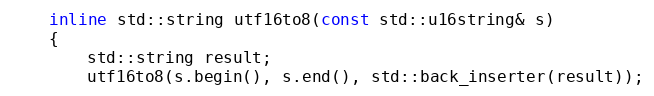
Language: C
    inline std::string utf16to8(const std::u16string& s)
    {
        std::string result;
        utf16to8(s.begin(), s.end(), std::back_inserter(result));